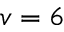
v = 6